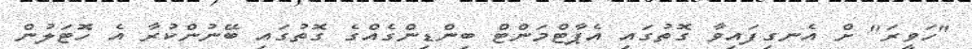
"ހަވީރަ" ށް އެނގިފައިވާ ގޮތުގައި އެޕާޓްމަންޓް ބިންޑިންގެއްގެ ގޮތުގައި ބޭނުންކުރާ އެ ހޮޓަލުން